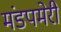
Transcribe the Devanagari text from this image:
मंडपमेरी